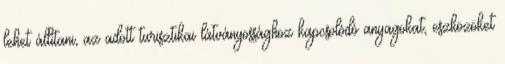
lehet állítani, az adott turisztikai látványossághoz kapcsolódó anyagokat, eszközöket